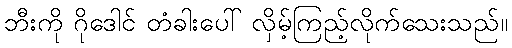
ဘီးကို ဂိုဒေါင် တံခါးပေါ် လှိမ့်ကြည့်လိုက်သေးသည်။